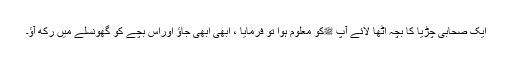
ایک صحابی چڑیا کا بچہ اُٹھا لائے آپ ﷺکو معلوم ہوا تو فرمایا ، ابھی ابھی جاؤ اوراس بچے کو گھونسلے میں رکھ آؤ۔